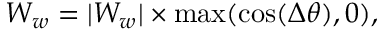
W _ { w } = | W _ { w } | \times \operatorname* { m a x } ( \cos ( \Delta \theta ) , 0 ) ,